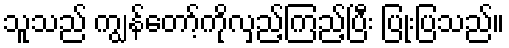
သူသည် ကျွန်တော့်ကိုလှည့်ကြည့်ပြီး ပြုံးပြသည်။